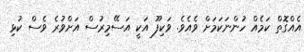
އެއްގޮތް ކަމެއް ހުންނަކަމަށް ވެއެވެ. ވަކިފޫ އަކީ އަސޭމިރުސް އަށްވުރެ ވެސް ކުޅި